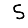
Digit: 5